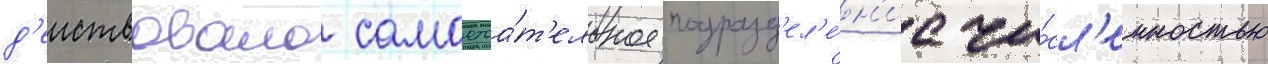
д'еиствовало самостоа́т'ельное подразд'ел'е́н'ие чи́сл'енностью